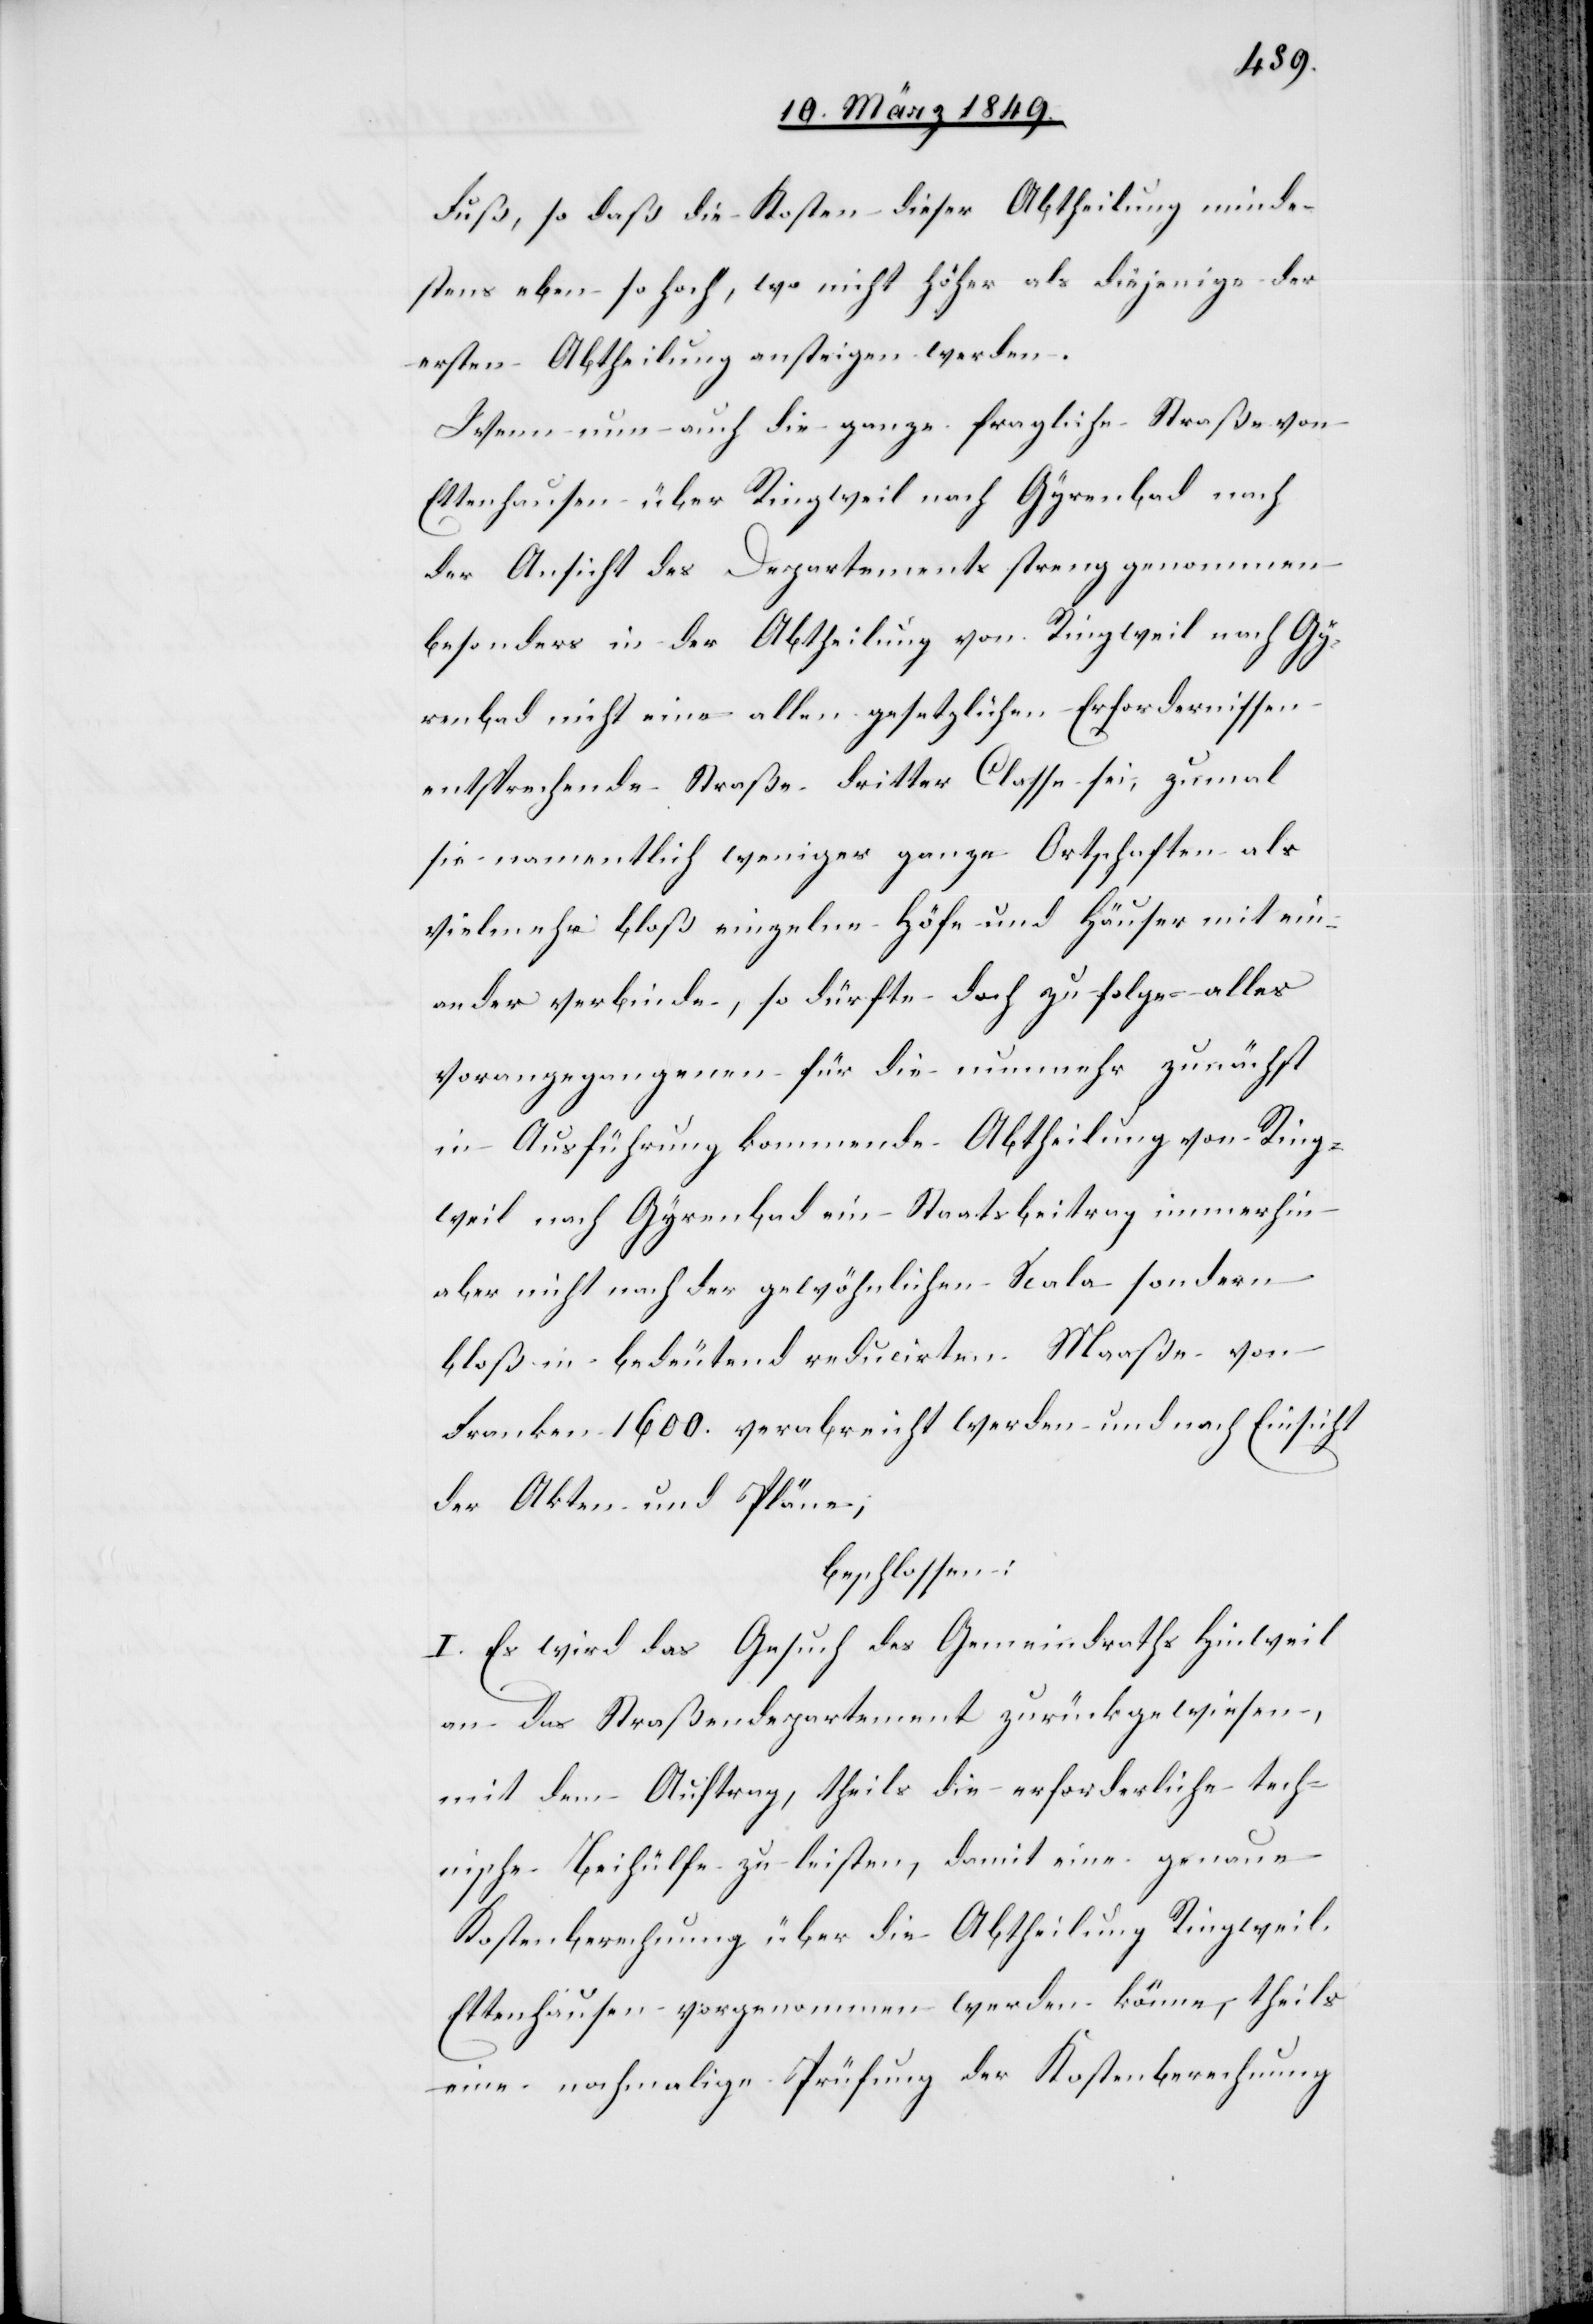
Fuß, so daß die Kosten dieser Abtheilung minde¬
stens eben so hoch, wo nicht höher als diejenige der
ersten Abtheilung ansteigen werden.
Wenn nun auch die ganze fragliche Straße von
Ettenhausen über Ringweil nach Gyrenbad nach
der Ansicht des Departements streng genommen
besonders in der Abtheilung von Ringweil nach Gy¬
renbad nicht eine allen gesetzlichen Erfordernissen
entsprechende Straße dritter Classe sei, zumal
sie namentlich weniger ganze Ortschaften als
vielmehr bloß einzelne Höfe und Häuser mitein¬
ander verbinde, so dürfte doch zu folge alles
vorangegangenen für die nunmehr zunächst
in Ausführung kommende Abtheilung von Ring¬
weil nach Gyrenbad ein Staatsbeitrag immerhin
aber nicht nach der gewöhnlichen Scala sondern
bloß in bedeutend reducirten Maaße von
Franken 1600. verabreicht werden und nach Einsicht
der Akten und Pläne;
beschlossen:
I. Es wird das Gesuch des Gemeindraths Hinweil
an das Straßendepartement zurückgewiesen,
mit dem Auftrag, theils die erforderliche tech¬
nische Beihülfe zu leisten, damit eine genaue
Kostenberechnung über die Abtheilung Ringweil
Ettenhausen vorgenommen werden könne, theils
eine nochmalige Prüfung der Kostenberechnung